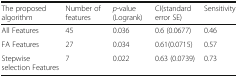
| The proposed algorithm | Number of features | p-value (Logrank) | CI(standard error SE) | Sensitivity |
 | --- | --- | --- | --- | --- |
 | All Features | 45 | 0.036 | 0.6 (0.0677) | 0.46 |
 | FA Features | 27 | 0.034 | 0.61(0.0715) | 0.57 |
 | Stepwise selection Features | 7 | 0.022 | 0.63 (0.0739) | 0.73 |